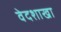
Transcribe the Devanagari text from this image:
वेदशाखा